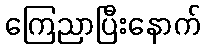
ကြေညာပြီးနောက်